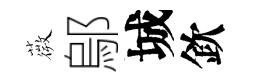
薇鄔城欽